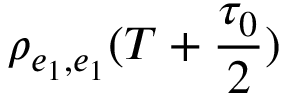
\rho _ { e _ { 1 } , e _ { 1 } } ( T + \frac { \tau _ { 0 } } { 2 } )